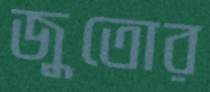
জুতোর